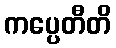
ကပ္ပေတီတိ